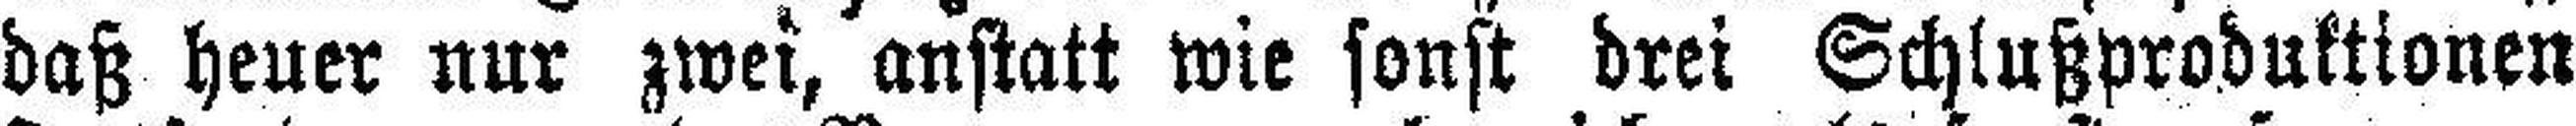
daß heuer nur zwei, anstatt wie sonst drei Schlußproduktionen